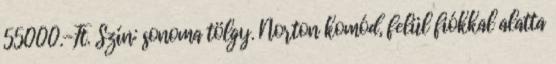
55000.-Ft. Szín: sonoma tölgy. Norton komód, felül fiókkal alatta